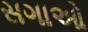
સગાઓ